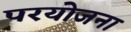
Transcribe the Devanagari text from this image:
परयोजना